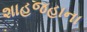
શાહજહાના